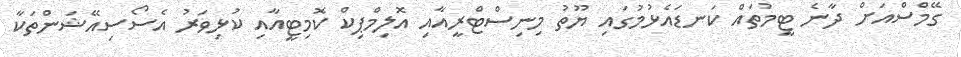
ގޭމްސްއަށް ދާނެ ޓީމުތައް ކަނޑައެޅުމުގައި ޔޫތު މިނިސްޓްރީއާއި އޮލިމްޕިކް ކޮމިޓީއާއި ކުޅިވަރު އެސޯސިއޭޝަންތަކާ